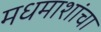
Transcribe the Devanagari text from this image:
मधमाशांचा